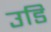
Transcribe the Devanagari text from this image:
उडि